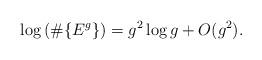
LaTeX: \begin{align*} \log \left( \# \{ E^g \} \right) = g^2 \log g + O(g^2).\end{align*}